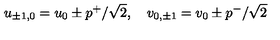
u _ { \pm 1 , 0 } = u _ { 0 } \pm p ^ { + } / \sqrt { 2 } , \quad v _ { 0 , \pm 1 } = v _ { 0 } \pm p ^ { - } / \sqrt { 2 }